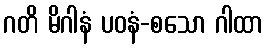
ဂတိ မိဂါနံ ပဝနံ-စသော ဂါထာ